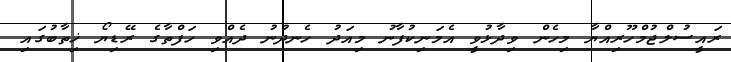
ރައީސުލްޖުމްހޫރިއްޔާ މިހެން ވިދާޅުވީ އެމަނިކުފާނު މިއަދު ހެނދުނު ދެއްވި ހަފްތާގެ ރޭޑިޔޯ ޚިތާބުގައި